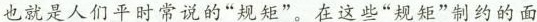
也就是人们平时常说的”规矩”。在这些”规矩”制约的面